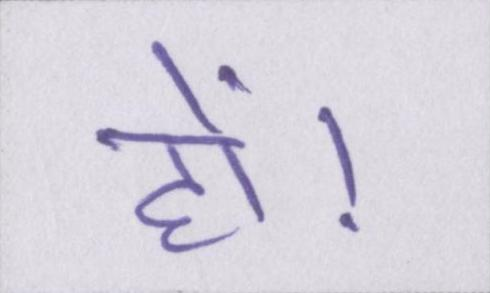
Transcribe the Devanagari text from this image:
हों।